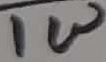
Text: 1W